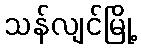
သန်လျင်မြို့